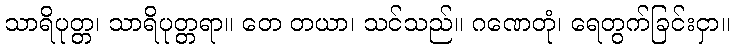
သာရိပုတ္တ၊ သာရိပုတ္တရာ။ တေ တယာ၊ သင်သည်။ ဂဏေတုံ၊ ရေတွက်ခြင်းငှာ။